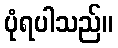
ပုံရပါသည်။